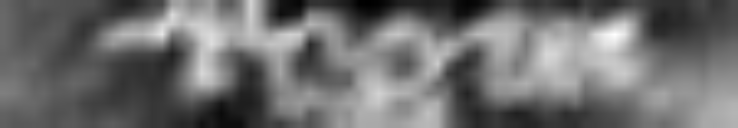
regni